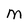
Character: M